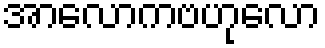
အာလောကဗဟုလော